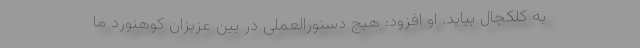
به کلکچال بیاید. او افزود: هیچ دستورالعملی در بین عزیزان کوهنورد ما